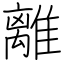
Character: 離